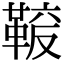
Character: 𩋛